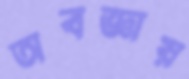
অবজ্ঞায়